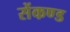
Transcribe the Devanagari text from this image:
सेंकण्ड